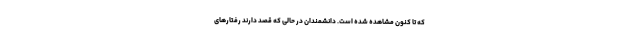
که تا کنون مشاهده شده است. دانشمندان در حالی که قصد دارند رفتارهای